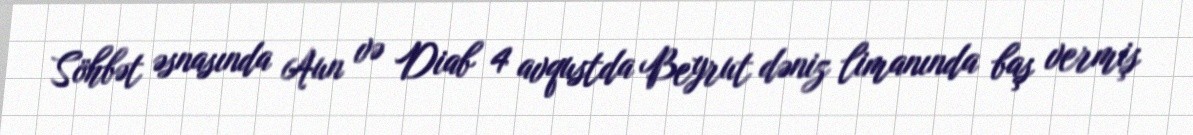
Söhbət əsnasında Aun və Diab 4 avqustda Beyrut dəniz limanında baş vermiş